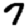
Digit: 7